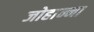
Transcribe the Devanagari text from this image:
जोहान्ना